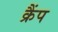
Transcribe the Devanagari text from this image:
क्रैंप